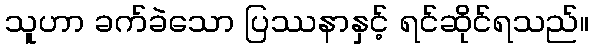
သူဟာ ခက်ခဲသော ပြဿနာနှင့် ရင်ဆိုင်ရသည်။